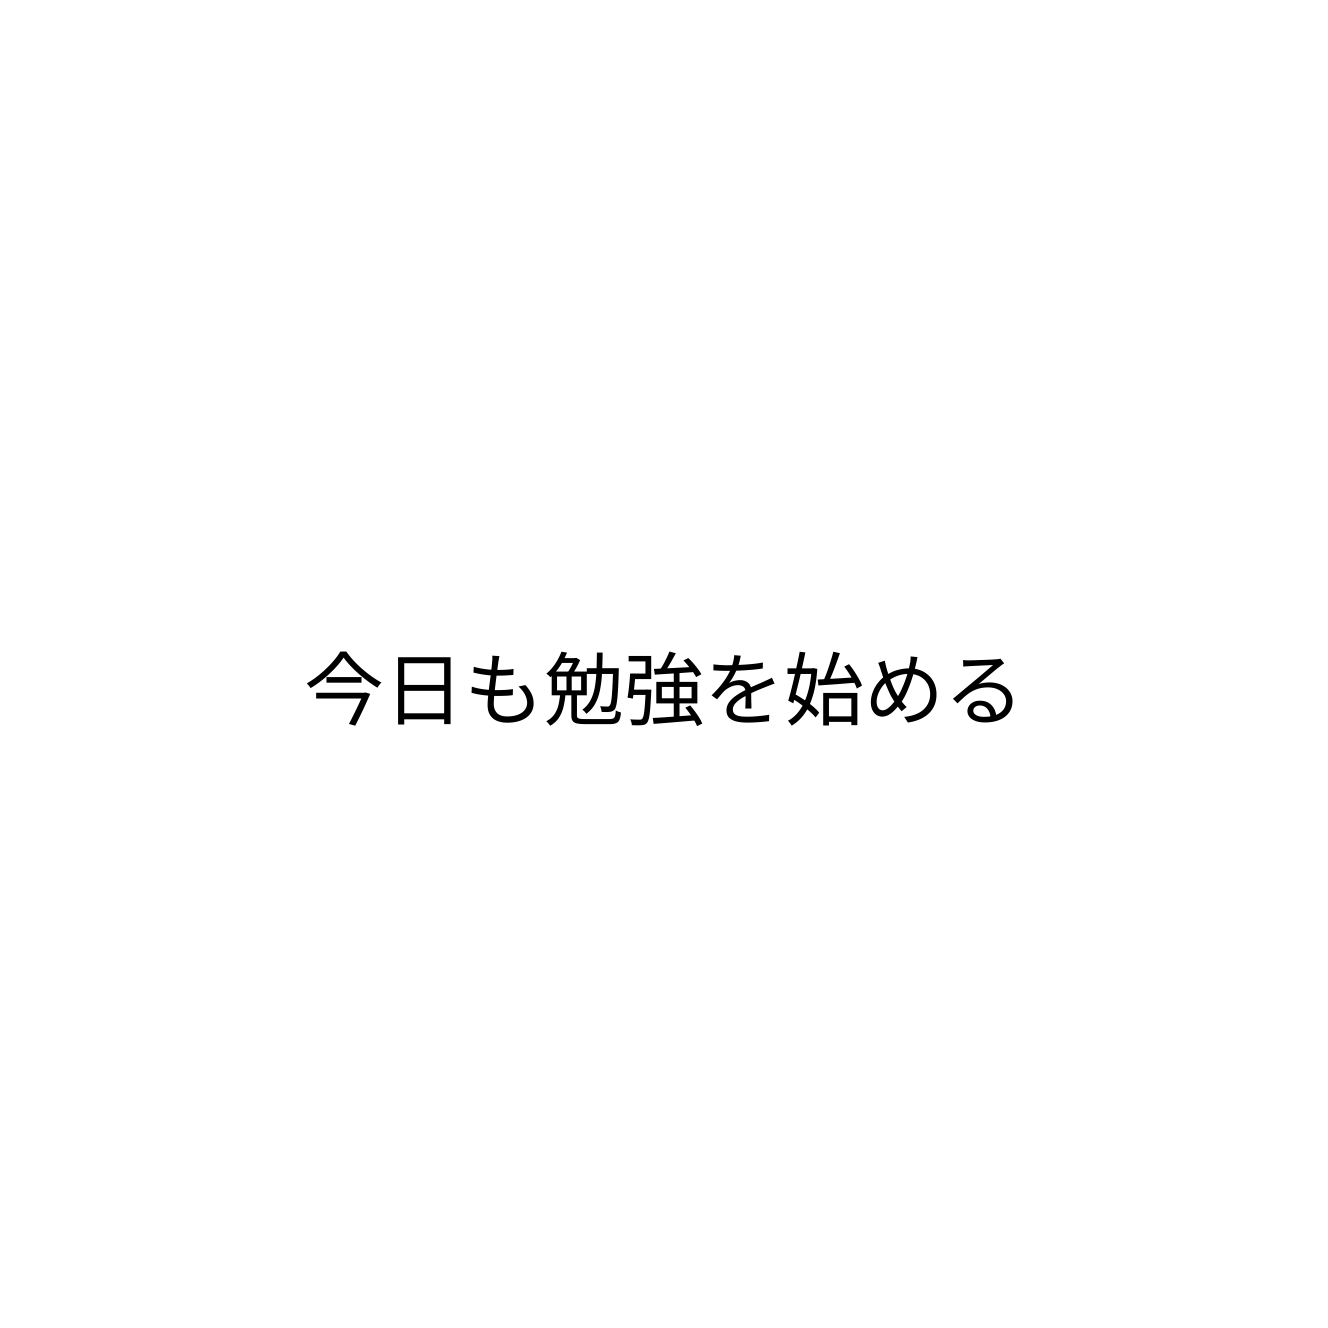
今日も勉強を始める